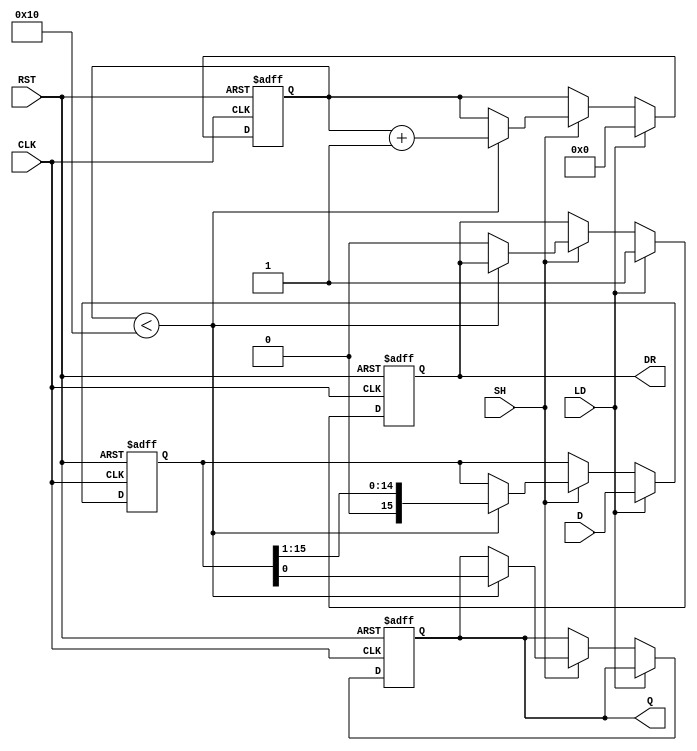
module PISO_Register (
    input  wire [15:0] D,     // Parallel Data Input
    input  wire LD,           // Load Control Signal
    input  wire SH,           // Shift Control Signal
    input  wire CLK,          // Clock Signal
    input  wire RST,          // Reset Signal
    output reg  Q,            // Serial Output
    output reg  DR            // Data Ready Output
);

    reg [15:0] shift_reg;     // 16-bit Shift Register
    reg [4:0] shift_count;    // Counter for number of shifts

    // Asynchronous Reset
    always @(posedge CLK or posedge RST) begin
        if (RST) begin
            shift_reg <= 16'b0; // Clear the shift register
            Q <= 1'b0;          // Clear the serial output
            DR <= 1'b0;         // Clear Data Ready
            shift_count <= 5'b0; // Reset shift count
        end else begin
            if (LD) begin
                shift_reg <= D;  // Load data into shift register
                shift_count <= 5'b0; // Reset shift count
                DR <= 1'b1;      // Indicate data is ready
            end else if (SH) begin
                if (shift_count < 16) begin
                    Q <= shift_reg[0]; // Output the LSB
                    shift_reg <= {1'b0, shift_reg[15:1]}; // Shift right
                    shift_count <= shift_count + 1; // Increment shift count
                end else begin
                    DR <= 1'b0; // Data not ready after all bits shifted out
                end
            end
        end
    end

endmodule